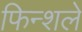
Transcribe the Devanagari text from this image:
फिन्शले